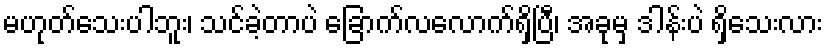
မဟုတ်သေးပါဘူး၊ သင်ခဲ့တာပဲ ခြောက်လလောက်ရှိပြီ၊ အခုမှ ဒါန်းပဲ ရှိသေးလား